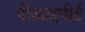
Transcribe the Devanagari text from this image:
पीआइपीई